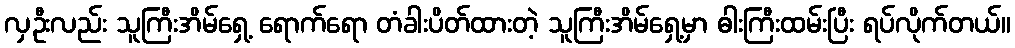
လှဦးလည်း သူကြီးအိမ်ရှေ့ ရောက်ရော တံခါးပိတ်ထားတဲ့ သူကြီးအိမ်ရှေ့မှာ ဓါးကြီးထမ်းပြီး ရပ်လိုက်တယ်။